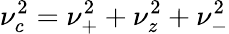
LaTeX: \nu_{c}^{2}=\nu_{+}^{2}+\nu_{z}^{2}+\nu_{-}^{2}